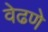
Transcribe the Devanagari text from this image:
वेढणे